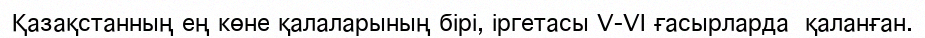
Қазақстанның ең көне қалаларының бірі, іргетасы V-VІ ғасырларда  қаланған.